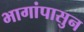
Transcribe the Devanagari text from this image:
भागांपासुन